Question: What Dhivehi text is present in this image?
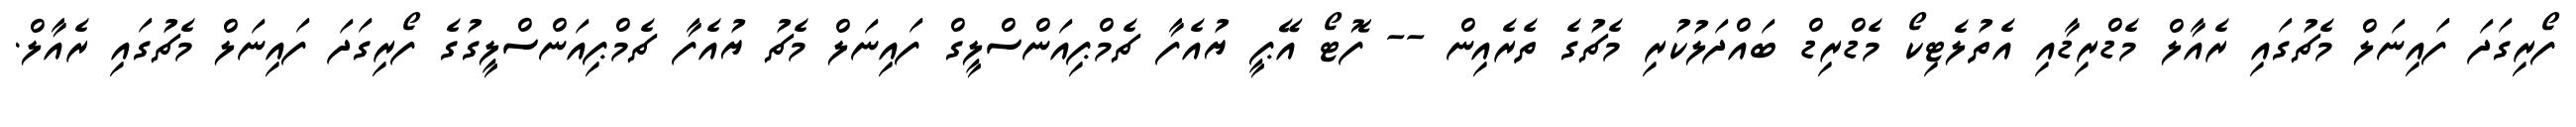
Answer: ފޯރިގަދަ ފައިނަލް މެޗުގައި ރެއާލް މެޑްރިޑާއި އެތުލެޓިކޯ މެޑްރިޑް ބައްދަލުކުރި މެޗުގެ ތެރެއިން -- ފޮޓޯ އޭޕީ ޔުއެފާ ޗެމްޕިއަންސްލީގް ފައިނަލް މެޗު ޔުއެފާ ޗެމްޕިއަންސްލީގުގެ ފޯރިގަދަ ފައިނަލް މެޗުގައި ރެއާލް.